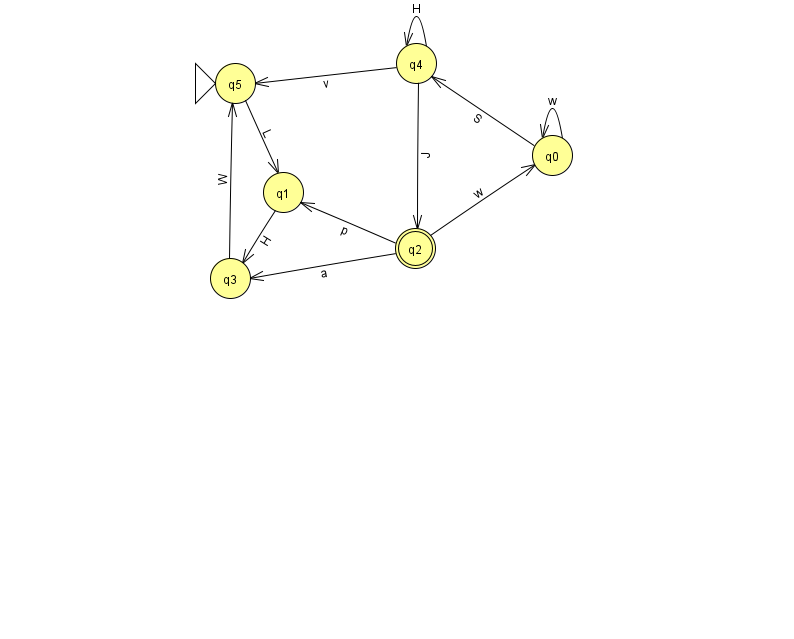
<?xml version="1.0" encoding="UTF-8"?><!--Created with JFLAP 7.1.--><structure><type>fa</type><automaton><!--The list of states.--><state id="0" name="q0"><x>552.0</x><y>142.0</y></state><state id="1" name="q1"><x>283.0</x><y>179.0</y></state><state id="2" name="q2"><x>415.0</x><y>235.0</y><final/></state><state id="3" name="q3"><x>230.0</x><y>265.0</y></state><state id="4" name="q4"><x>416.0</x><y>50.0</y></state><state id="5" name="q5"><x>235.0</x><y>70.0</y><initial/></state><!--The list of transitions.--><transition><from>0</from><to>4</to><read>S</read></transition><transition><from>2</from><to>0</to><read>w</read></transition><transition><from>3</from><to>5</to><read>W</read></transition><transition><from>0</from><to>0</to><read>w</read></transition><transition><from>4</from><to>4</to><read>H</read></transition><transition><from>4</from><to>5</to><read>v</read></transition><transition><from>1</from><to>3</to><read>H</read></transition><transition><from>4</from><to>2</to><read>J</read></transition><transition><from>2</from><to>1</to><read>p</read></transition><transition><from>2</from><to>3</to><read>a</read></transition><transition><from>5</from><to>1</to><read>L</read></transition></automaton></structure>